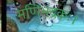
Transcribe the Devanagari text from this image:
मणिभद्रकः।